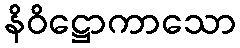
နိဝိဋ္ဌောကာသော